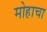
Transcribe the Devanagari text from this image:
मोहाचा